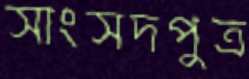
সাংসদপুত্র